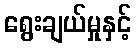
ရွေးချယ်မှုနှင့်